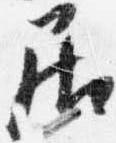
居